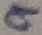
Text: 9